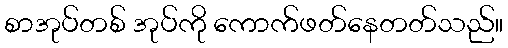
စာအုပ်တစ် အုပ်ကို ကောက်ဖတ်နေတတ်သည်။